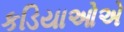
કડિયાઓએ